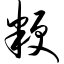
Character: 粳